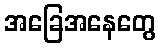
အခြေအနေတွေ